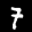
Label: 7